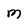
Character: M